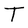
Character: T